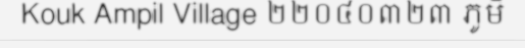
Kouk Ampil Village ២២០៤០៣២៣ ភូមិ